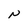
Character: N